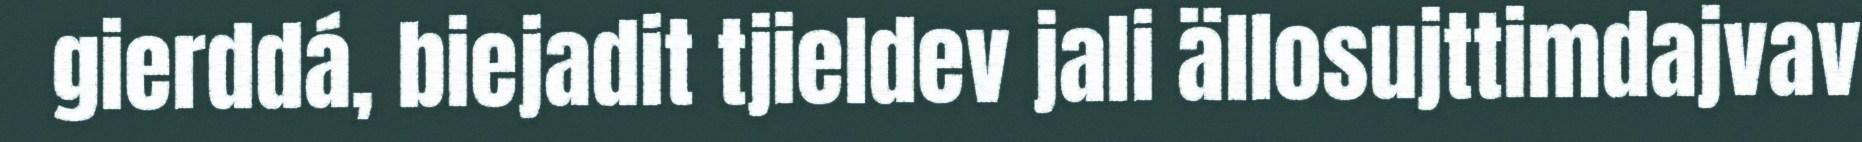
gierddá, biejadit tjieldev jali ällosujttimdajvav